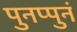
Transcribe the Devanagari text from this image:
पुनप्पुनं